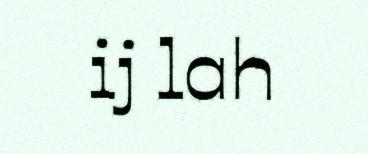
ij lah